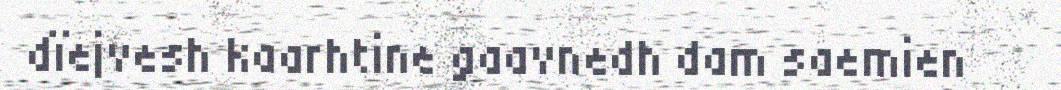
dïejvesh kaarhtine gaavnedh dam saemien